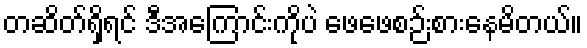
တဆိတ်ရှိရင် ဒီအကြောင်းကိုပဲ ဖေဖေစဉ်းစားနေမိတယ်။